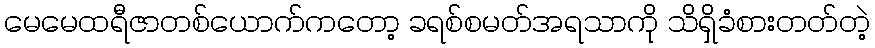
မေမေထရီဇာတစ်ယောက်ကတော့ ခရစ်စမတ်အရသာကို သိရှိခံစားတတ်တဲ့